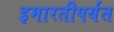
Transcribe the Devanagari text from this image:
इमारतीपर्यंत